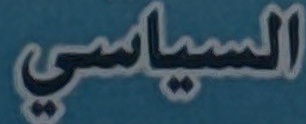
السياسي